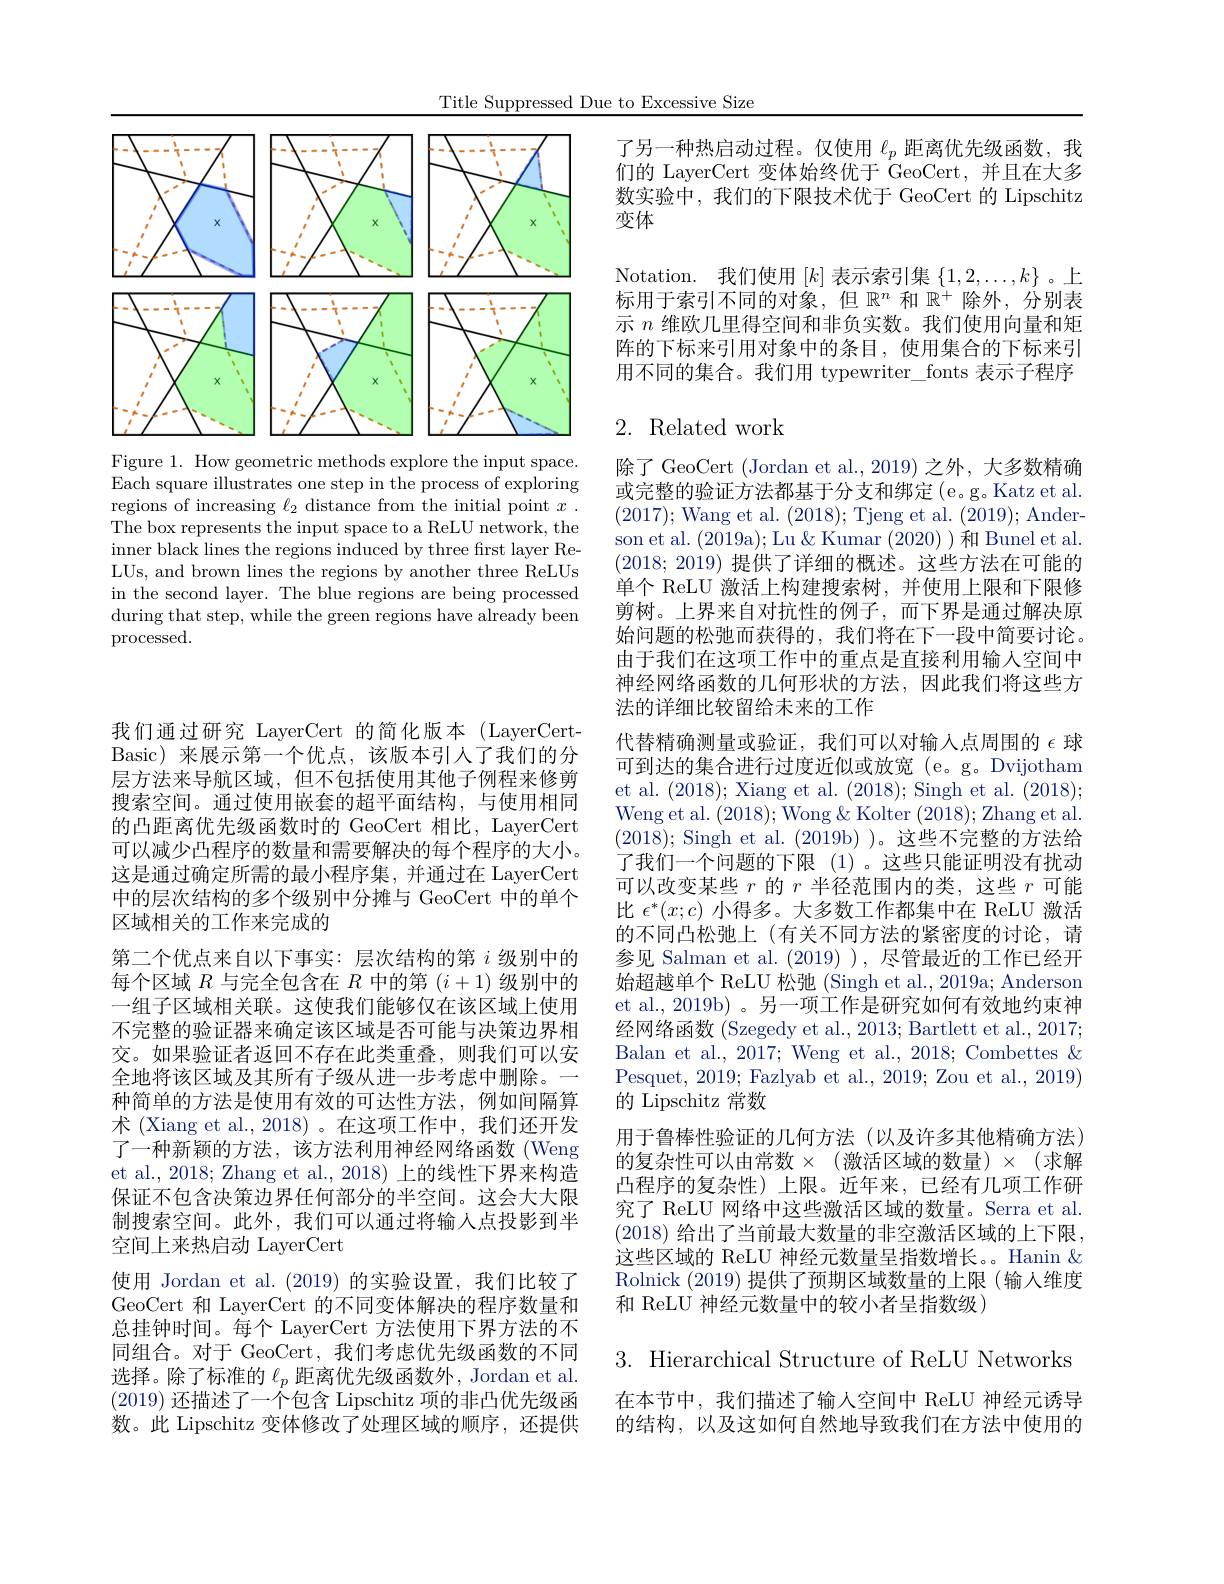
Title Suppressed Due to Excessive Size

<FigureHere>

Figure 1. How geometric methods explore the input space. $\bar{\text{Each square illustrates one step in the process of exploring}}$ regions of increasing $\ell_2$ distance from the initial point $x.$ The box represents the input space to a ReLU network, the inner black lines the regions induced by three first layer ReLUs, and brown lines the regions by another three ReLUs in the second layer. The blue regions are being processed during that step, while the green regions have already been processed.

我们通过研究 LayerCert 的简化版本(LayerCert-) Basic)来展示第一个优点，该版本引人了我们的分层方法来导航区域，但不包括使用其他子例程来修剪搜索空间。通过使用嵌套的超平面结构，与使用相同的凸距离优先级函数时的 GeoCert 相比，LayerCert 可以减少凸程序的数量和需要解决的每个程序的大小。这是通过确定所需的最小程序集，并通过在 LayerCert 中的层次结构的多个级别中分摊与 GeoCert 中的单个区域相关的工作来完成的
第二个优点来自以下事实：层次结构的第$i$级别中的每个区域$R$与完全包含在$R$中的第$(i+1)$级别中的一组子区域相关联。这使我们能够仅在该区域上使用不完整的验证器来确定该区域是否可能与决策边界相交。如果验证者返回不存在此类重叠，则我们可以安全地将该区域及其所有子级从进一步考虑中删除。一种简单的方法是使用有效的可达性方法，例如间隔算术 (Xiang et al., 2018) 。在这项工作中，我们还开发了一种新颖的方法，该方法利用神经网络函数(Weng et al., 2018; Zhang et al., 2018) 上的线性下界来构造保证不包含决策边界任何部分的半空间。这会大大限制搜索空间。此外，我们可以通过将输人点投影到半空间上来热启动 LayerCert
使用 Jordan et al.(2019)的实验设置，我们比较了GeoCert 和 LayerCert 的不同变体解决的程序数量和总挂钟时间。每个 LayerCert 方法使用下界方法的不同组合。对于 GeoCert, 我们考虑优先级函数的不同选择。除了标准的$\ell_p$距离优先级函数外，Jordan et al. (2019)还描述了一个包含 Lipschitz 项的非凸优先级函数。此 Lipschitz 变体修改了处理区域的顺序，还提供

了另一种热启动过程。仅使用$\ell_p$距离优先级函数，我们的 LayerCert 变体始终优于 GeoCert,并且在大多数实验中，我们的下限技术优于 GeoCert 的 Lipschitz 变体

Notation. 我们使用$[k]$表示索引集$\{1,2,\ldots,k\}$ 。上标用于索引不同的对象，但$\mathbb{R}^n$和$\mathbb{R}^+$除外，分别表示$n$维欧几里得空间和非负实数。我们使用向量和矩阵的下标来引用对象中的条目，使用集合的下标来引用不同的集合。我们用 typewriter\_fonts 表示子程序

## 2. Related work

除了 GeoCert (Jordan et al., 2019) 之外，大多数精确或完整的验证方法都基于分支和绑定(e。g.Katz et al. (2017);Wang et al.(2018);Tjeng et al.(2019);Anderson et al. (2019a);Lu &Kumar (2020) )和 Bunel et al. (2018;2019)提供了详细的概述。这些方法在可能的单个 ReLU 激活上构建搜索树，并使用上限和下限修剪树。上界来自对抗性的例子，而下界是通过解决原始问题的松驰而获得的，我们将在下一段中简要讨论。由于我们在这项工作中的重点是直接利用输入空间中神经网络函数的几何形状的方法，因此我们将这些方法的详细比较留给未来的工作
代替精确测量或验证，我们可以对输入点周围的$\epsilon$球可到达的集合进行过度近似或放宽 (e。g。Dvijotham et al. (2018); Xiang et al. (2018); Singh et al.(2018); Weng et al. (2018);Wong &Kolter (2018);Zhang et al. (2018);Singh et al.(2019b) )。这些不完整的方法给了我们一个问题的下限(1)。这些只能证明没有扰动可以改变某些$r$的$r$半径范围内的类，这些$r$可能比$\epsilon^*(x;c)$小得多。大多数工作都集中在 ReLU 激活的不同凸松弛上(有关不同方法的紧密度的讨论，请参见 Salman et al. (2019) ),尽管最近的工作已经开始超越单个 ReLU 松弛 (Singh et al., 2019a; Anderson et al., 2019b) 。另一项工作是研究如何有效地约束神经网络函数 (Szegedy et al., 2013; Bartlett et al., 2017; Balan et al., 2017; Weng et al., 2018; Combettes & Pesquet, 2019; Fazlyab et al., 2019; Zou et al., 2019) 的 Lipschitz 常数
用于鲁棒性验证的几何方法(以及许多其他精确方法) 的复杂性可以由常数$\times$ (激活区域的数量) $\times$ (求解凸程序的复杂性)上限。近年来，已经有几项工作研究了 ReLU 网络中这些激活区域的数量。Serra et al. (2018) 给出了当前最大数量的非空激活区域的上下限， 这些区域的 ReLU 神经元数量呈指数增长。。Hanin & Rolnick (2019)提供了预期区域数量的上限(输入维度和 ReLU 神经元数量中的较小者呈指数级)
$3.{\mathrm{~Hierarchical~Structure~of~ReLU~Networks}}$ 在本节中，我们描述了输入空间中 ReLU 神经元诱导

的结构，以及这如何自然地导致我们在方法中使用的